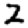
Digit: 2